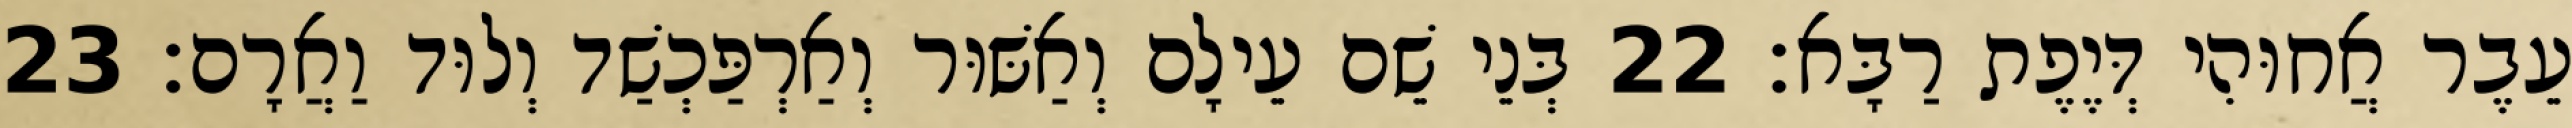
עֵבֶר אֲחוּהִי דְּיֶפֶת רַבָּא׃ 22 בְּנֵי שֵׁם עֵילָם וְאַשּׁוּר וְאַרְפַּכְשַׁד וְלוּד וַאֲרָם׃ 23